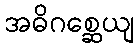
အဓိဂစ္ဆေယျ